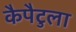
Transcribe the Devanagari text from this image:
कैपैटुला